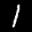
Label: 1